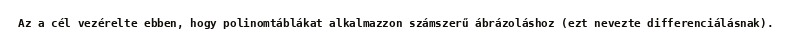
Az a cél vezérelte ebben, hogy polinomtáblákat alkalmazzon számszerű ábrázoláshoz (ezt nevezte differenciálásnak).